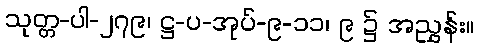
သုတ္တ-ပါ-၂၇၉၊ ဋ္ဌ-ပ-အုပ်-၉-၁၁၊ ၉ ၌ အညွှန်း။